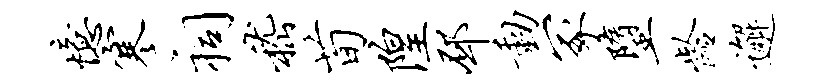
忆寒祠嵇荀隍邳动冢堕龄邂